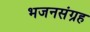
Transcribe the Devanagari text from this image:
भजनसंग्रह